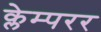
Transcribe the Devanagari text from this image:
क्लेम्परर